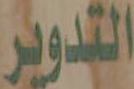
التدوير